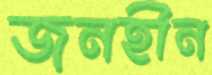
জনহীন